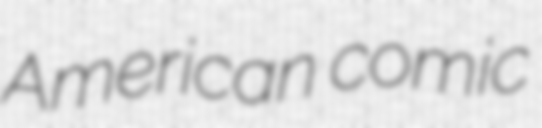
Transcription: American comic